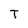
Character: T